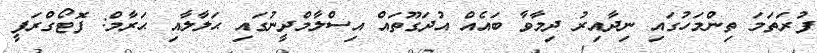
ފުރަތަމަ ތިންމަހުގައި ނިދާއިރު ދިމާވާ ބައެއް އުދަގޫތައް އިސްލާމްދީނުގައި ޙަލާލާއި ޙަރާމް: ފޮޓޯގްރަފީ